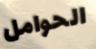
الحوامل